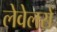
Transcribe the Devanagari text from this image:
लेवेलरों